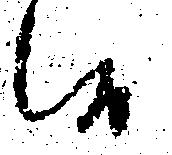
候